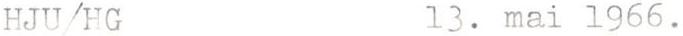
HJU/HG 13. mai 1966.